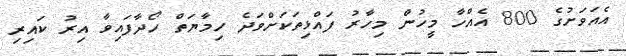
އެއަވަށުގެ 800 އެއްހާ މީހުން މިހާރު ފައްޅިތަކަށްވަދެ ހިމާޔަތް ހޯދާފައިވާ އިރު ކައިރި